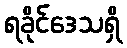
ရခိုင်ဒေသရှိ